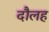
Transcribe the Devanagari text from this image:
दौलह